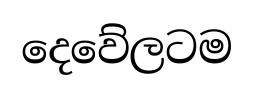
දෙවේලටම